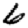
Digit: 6